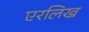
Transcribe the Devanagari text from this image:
एरलिख